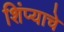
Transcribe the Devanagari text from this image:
शिंप्याचे